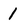
Character: 1